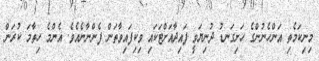
މިނިކަމެތި އަންހެނުންގެ ހަށިގަނޑު ދުނިޔަވީ ފައިދާއަށްޓަކައި ވިކިފައިވާތަން ފެންނާނެއެވެ. އެންމެ ހިތާމަ ކުރަން